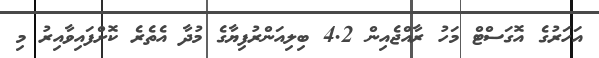
އަހަރުގެ އޮގަސްޓް މަހު ރާއްޖެއިން 4.2 ބިލިއަންރުފިޔާގެ މުދާ އެތެރެ ކޮށްފައިވާއިރު މި